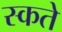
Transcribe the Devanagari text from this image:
स्कते